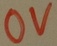
Text: OV